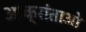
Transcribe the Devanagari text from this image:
आक्रांताओ